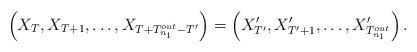
LaTeX: \begin{align*} \left(X_T,X_{T+1},\ldots,X_{T+T_{n_1}^{out}-T'}\right)=\left(X'_{T'},X'_{T'+1},\ldots, X'_{T_{n_1}^{out}}\right). \end{align*}